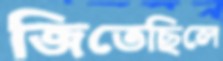
জিতেছিলে